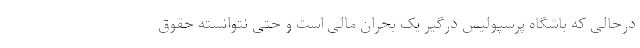
درحالی که باشگاه پرسپولیس درگیر یک بحران مالی است و حتی نتوانسته حقوق